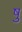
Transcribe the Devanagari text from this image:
षु